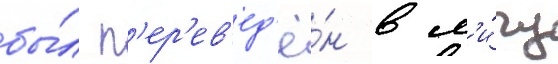
бы́л п'ер'ев'ед'ё́н в л'и́гу